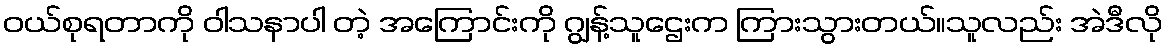
ဝယ်စုရတာကို ဝါသနာပါ တဲ့ အကြောင်းကို ဂျွန့်သူဌေးက ကြားသွားတယ်။သူလည်း အဲဒီလို